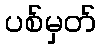
ပစ်မှတ်